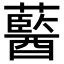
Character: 𧂢